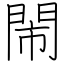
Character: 閙